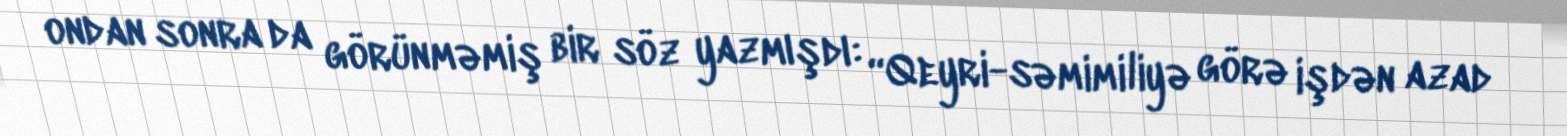
ondan sonra da görünməmiş bir söz yazmışdı: “Qeyri-səmimiliyə görə işdən azad